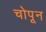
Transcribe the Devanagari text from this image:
चोपून